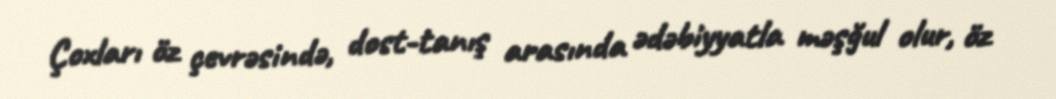
Çoxları öz çevrəsində, dost-tanış arasında ədəbiyyatla məşğul olur, öz